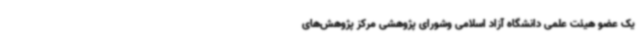
یک عضو هیئت علمی دانشگاه آزاد اسلامی وشورای پژوهشی مرکز پژوهش‌های